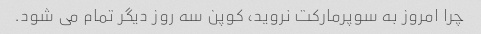
چرا امروز به سوپرمارکت نروید، کوپن سه روز دیگر تمام می شود.